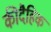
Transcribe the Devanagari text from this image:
कीदैहिक